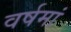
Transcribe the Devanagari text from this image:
वर्षमां